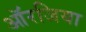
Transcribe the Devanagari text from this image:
ऑरजिया